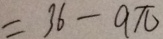
= 3 6 - q \pi